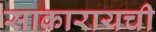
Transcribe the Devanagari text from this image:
साकारायची